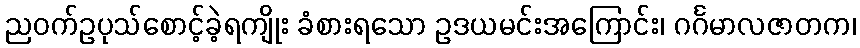
ညဝက်ဥပုသ်စောင့်ခဲ့ရကျိုး ခံစားရသော ဥဒယမင်းအကြောင်း၊ ဂင်္ဂမာလဇာတက၊